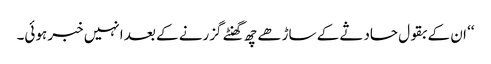
‘‘ ان کے بقول حادثے کے ساڑھے چھ گھنٹے گزرنے کے بعد انہیں خبر ہوئی۔